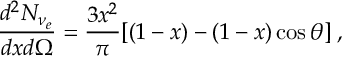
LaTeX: \frac { d ^ { 2 } N _ { \nu _ { e } } } { d x d \Omega } = \frac { 3 x ^ { 2 } } { \pi } [ ( 1 - x ) - ( 1 - x ) \cos \theta ] \; ,